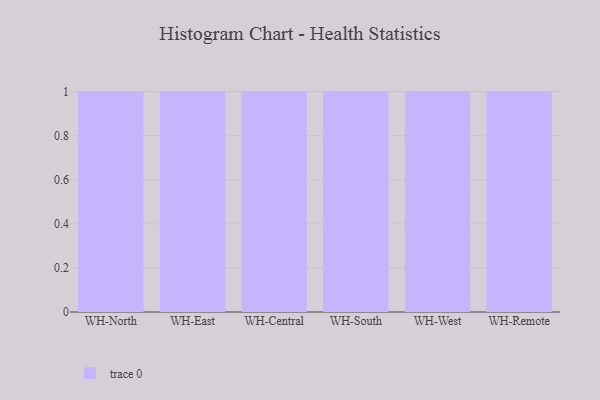
{"axis": {"x": "Warehouse", "y": "Revenue (USD Million)"}, "legend": [""], "data": [{"x": "WH-North", "y": 28, "type": ""}, {"x": "WH-East", "y": 24, "type": ""}, {"x": "WH-Central", "y": 16, "type": ""}, {"x": "WH-South", "y": 89, "type": ""}, {"x": "WH-West", "y": 25, "type": ""}, {"x": "WH-Remote", "y": 66, "type": ""}]}